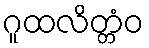
ဂူထလိတ္တံဝ